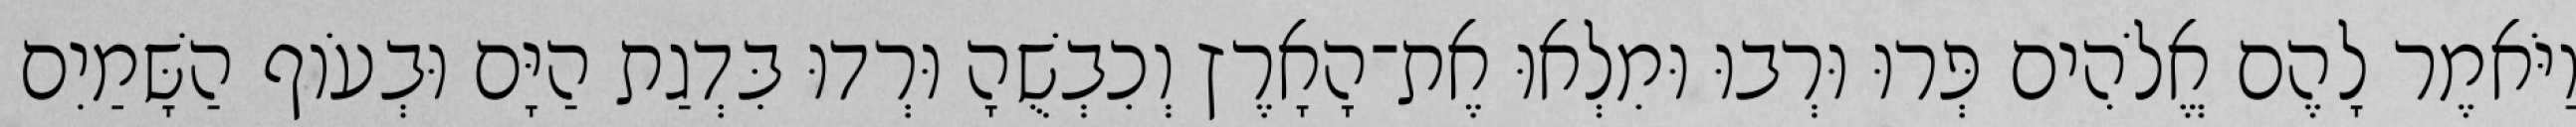
וַיֹּאמֶר לָהֶם אֱלֹהִים פְּרוּ וּרְבוּ וּמִלְאוּ אֶת־הָאָרֶץ וְכִבְשֻׁהָ וּרְדוּ בִּדְגַת הַיָּם וּבְעֹוף הַשָּׁמַיִם